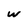
Character: w